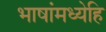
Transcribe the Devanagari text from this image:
भाषांमध्येहि